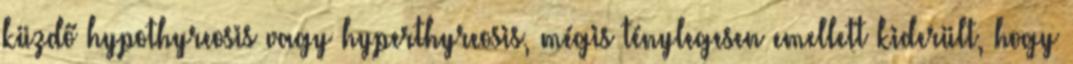
küzdő hypothyreosis vagy hyperthyreosis, mégis ténylegesen emellett kiderült, hogy